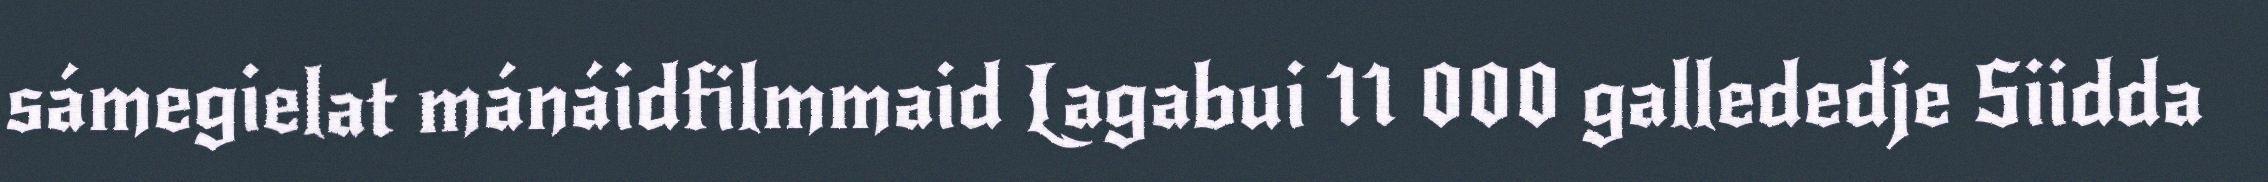
sámegielat mánáidfilmmaid Lagabui 11 000 gallededje Siidda